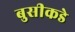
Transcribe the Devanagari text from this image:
बुसीकडे